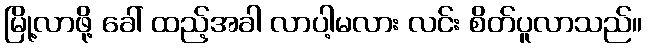
မြို့လာဖို့ ခေါ် ထည့်အခါ လာပါ့မလား လင်း စိတ်ပူလာသည်။